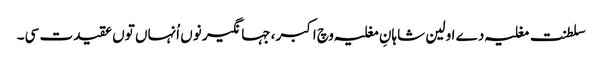
سلطنت مغلیہ دے اولین شاہانِ مغلیہ وچ اکبر، جہانگیر نو‏‏ں اُنہاں تو‏ں عقیدت سی۔